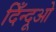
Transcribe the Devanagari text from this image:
दिँन्दूओ